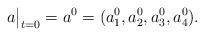
LaTeX: \begin{align*}a\big|_{t=0}=a^0=(a_1^0,a_2^0,a_3^0,a_4^0).\end{align*}